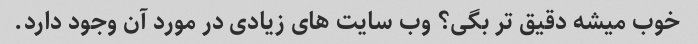
خوب میشه دقیق تر بگی؟ وب سایت های زیادی در مورد آن وجود دارد.